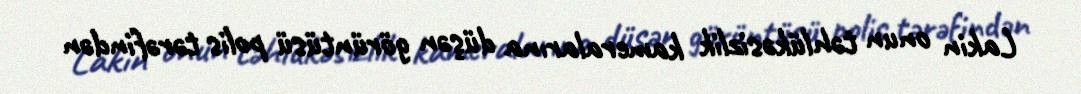
Lakin onun təhlükəsizlik kameralarına düşən görüntüsü polis tərəfindən